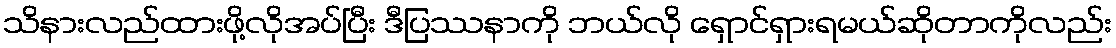
သိနားလည်ထားဖို့လိုအပ်ပြီး ဒီပြဿနာကို ဘယ်လို ရှောင်ရှားရမယ်ဆိုတာကိုလည်း